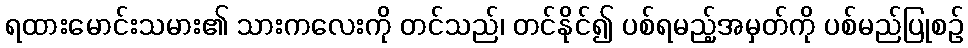
ရထားမောင်းသမား၏ သားကလေးကို တင်သည်၊ တင်နိုင်၍ ပစ်ရမည့်အမှတ်ကို ပစ်မည်ပြုစဉ်